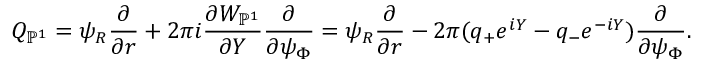
Q _ { \mathbb { P } ^ { 1 } } = \psi _ { R } \frac { \partial } { \partial r } + 2 \pi i \frac { \partial W _ { \mathbb { P } ^ { 1 } } } { \partial Y } \frac { \partial } { \partial \psi _ { \Phi } } = \psi _ { R } \frac { \partial } { \partial r } - 2 \pi ( q _ { + } e ^ { i Y } - q _ { - } e ^ { - i Y } ) \frac { \partial } { \partial \psi _ { \Phi } } .